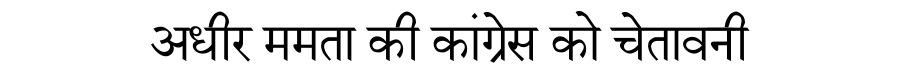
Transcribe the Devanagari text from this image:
अधीर ममता की कांग्रेस को चेतावनी